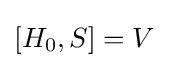
[H_{0},S]=V